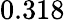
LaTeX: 0.318